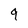
Character: 9